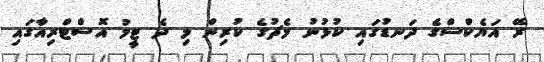
ރޭ އަޔެކްސްގެ ދަނޑުގައި ކުޅުނު މެޗުގެ ކުރިން މި ދެ ޓީމު އޮސްޓްރިއާގައި